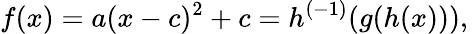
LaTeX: f(x)=a(x-c)^{2}+c=h^{(-1)}(g(h(x))),\,